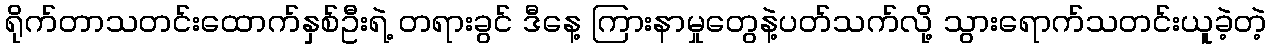
ရိုက်တာသတင်းထောက်နှစ်ဦးရဲ့ တရားခွင် ဒီနေ့ ကြားနာမှုတွေနဲ့ပတ်သက်လို့ သွားရောက်သတင်းယူခဲ့တဲ့